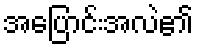
အပြောင်းအလဲ၏